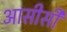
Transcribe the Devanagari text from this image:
आसीसी